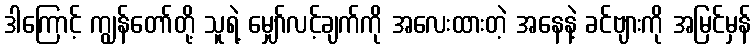
ဒါကြောင့် ကျွန်တော်တို့ သူရဲ့ မျှော်လင့်ချက်ကို အလေးထားတဲ့ အနေနဲ့ ခင်ဗျားကို အမြင်မှန်